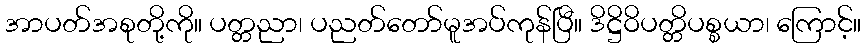
အာပတ်အစုတို့ကို။ ပတ္တညာ၊ ပညတ်တော်မူအပ်ကုန်ပြီ။ ဒိဋ္ဌိဝိပတ္တိပစ္စယာ၊ ကြောင့်။